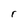
Character: r